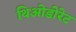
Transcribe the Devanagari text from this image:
थिओडोरेट